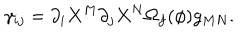
LaTeX: { \gamma _ { i j } = \partial _ { i } X ^ { M } \partial _ { j } X ^ { N } \Omega _ { f } ( \phi ) g _ { M N } . }